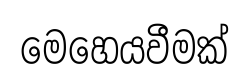
මෙහෙයවීමක්